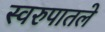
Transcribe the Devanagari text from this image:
स्वरुपातले